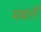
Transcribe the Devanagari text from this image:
मंबली